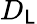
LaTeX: D_{\mathsf{L}}